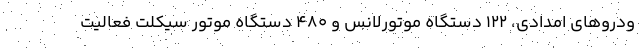
ودرو‌های امدادی، ۱۲۲ دستگاه موتورلانس و ۴۸۰ دستگاه موتور سیکلت فعالیت